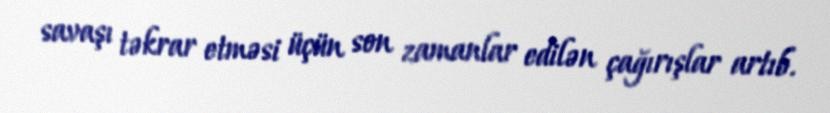
savaşı təkrar etməsi üçün son zamanlar edilən çağırışlar artıb.